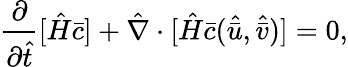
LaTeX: \frac{\partial}{\partial\hat{t}}[\hat{H}\bar{c}]+\hat{\mathbf{\nabla}}\cdot[\hat{H}\bar{c}(\hat{\bar{u}},\hat{\bar{v}})]=0,